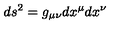
d s ^ { 2 } = g _ { \mu \nu } d x ^ { \mu } d x ^ { \nu }